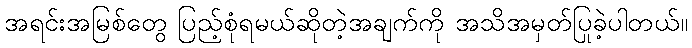
အရင်းအမြစ်တွေ ပြည့်စုံရမယ်ဆိုတဲ့အချက်ကို အသိအမှတ်ပြုခဲ့ပါတယ်။